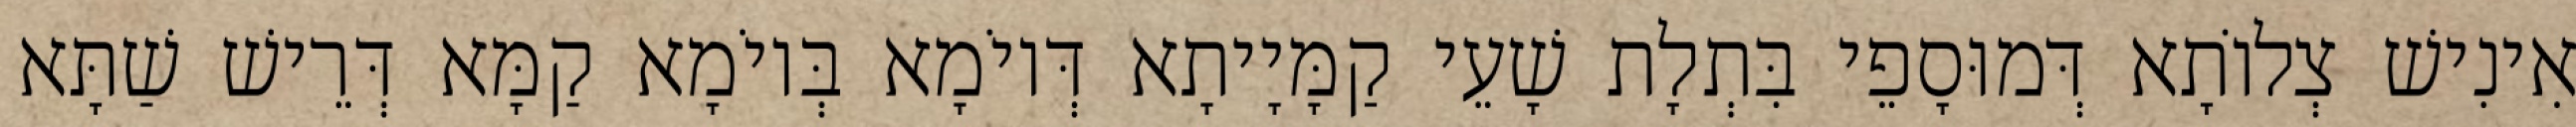
אִינִישׁ צְלוֹתָא דְּמוּסָפֵי בִּתְלָת שָׁעֵי קַמָּיָיתָא דְּיוֹמָא בְּיוֹמָא קַמָּא דְּרֵישׁ שַׁתָּא